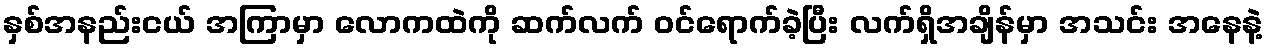
နှစ်အနည်းငယ် အကြာမှာ လောကထဲကို ဆက်လက် ဝင်ရောက်ခဲ့ပြီး လက်ရှိအချိန်မှာ အသင်း အနေနဲ့